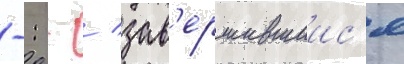
-: - / зав'ершившиис'я